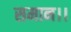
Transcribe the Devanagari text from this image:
समान।।